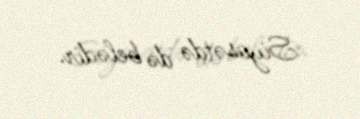
Siyasətdə də belədir.